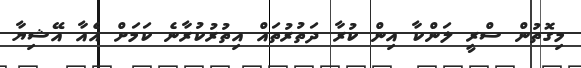
މިގޮތުން ސްރީ ލަންކާ އިން ކުރާ ދަތުރުތައް އިތުރުކުރާނެ ކަމަށް އެއާ އޭޝިޔާ